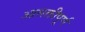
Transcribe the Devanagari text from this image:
आसक्तीपूर्ण